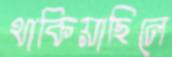
থাকিয়াছিলে